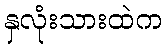
နှလုံးသားထဲက